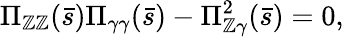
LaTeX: \Pi_{\mathbb{Z}\mathbb{Z}}(\bar{{s}})\Pi_{\gamma\gamma}(\bar{{s}})-\Pi_{\mathbb{Z}\gamma}^{2}(\bar{{s}})=0,